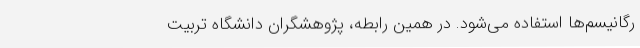
رگانیسم‌ها استفاده می‌شود. در همین رابطه، پژوهشگران دانشگاه تربیت